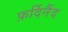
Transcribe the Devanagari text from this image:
फ़र्दिनैंद